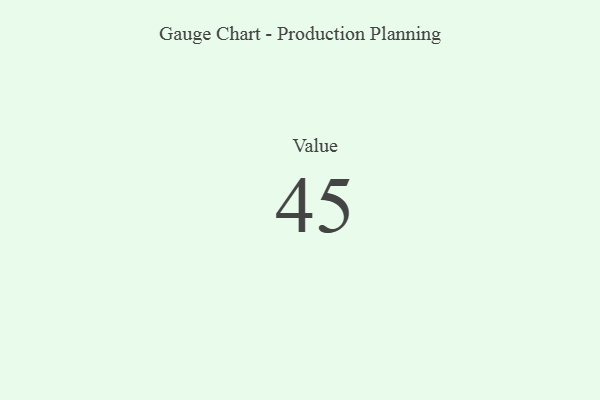
{"axis": {"x": "Metric", "y": "Value"}, "legend": [""], "data": [{"x": "Value", "y": 45, "type": ""}]}